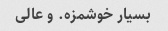
بسیار خوشمزه. و عالی